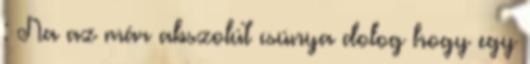
: Na az már abszolút csúnya dolog hogy egy